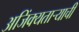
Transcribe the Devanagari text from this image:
अजिंक्‍यतार्‍याची